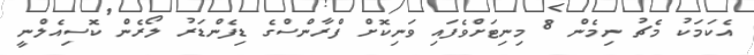
އެކަމަކު މެޗު ނިމެން 8 މިނިޓަށްވެފައި ވަނިކޮށް ފްރާންސްގެ ޑިފެންޑަރު ލޯރެން ކޮސިއެލްނީ